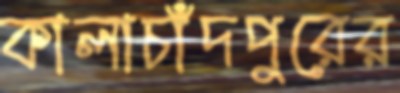
কালাচাঁদপুরের